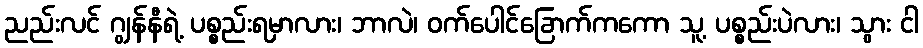
ညည်းလင် ဂျွန်နီရဲ့ ပစ္စည်းရမှာလား၊ ဘာလဲ၊ ဝက်ပေါင်ခြောက်ကကော သူ့ ပစ္စည်းပဲလား၊ သွား ငါ